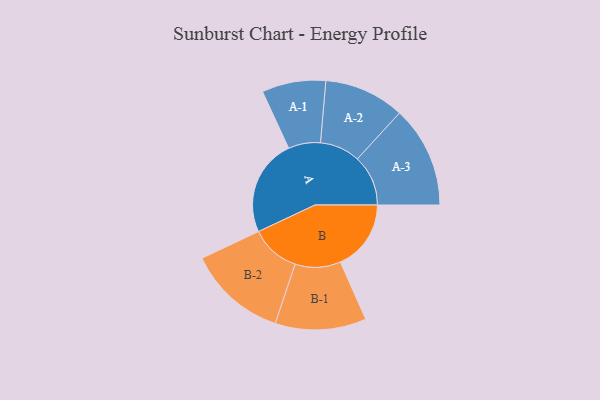
{"axis": {"x": "Segment", "y": "Value"}, "legend": ["", "A", "B"], "data": [{"x": "A", "y": 457, "type": ""}, {"x": "B", "y": 334, "type": ""}, {"x": "A-1", "y": 151, "type": "A"}, {"x": "A-2", "y": 190, "type": "A"}, {"x": "A-3", "y": 240, "type": "A"}, {"x": "B-1", "y": 215, "type": "B"}, {"x": "B-2", "y": 234, "type": "B"}]}